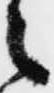
々